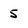
Character: 5